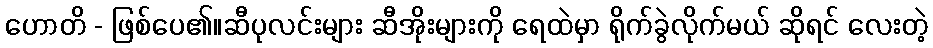
ဟောတိ - ဖြစ်ပေ၏။ဆီပုလင်းများ ဆီအိုးများကို ရေထဲမှာ ရိုက်ခွဲလိုက်မယ် ဆိုရင် လေးတဲ့